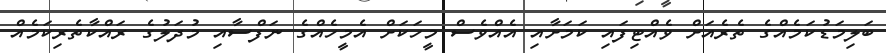
ބަލިމަޑުކަމެއްގެ ތެރެއަށް ވެއްޓިފައި ކަމަށާއި އެއްވެސް މީހަކަށް އެމީހެއްގެ ނަފްސާއި މުދަލުގެ ރައްކާތެރިކަމެއް